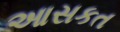
આસકત